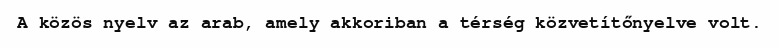
A közös nyelv az arab, amely akkoriban a térség közvetítőnyelve volt.